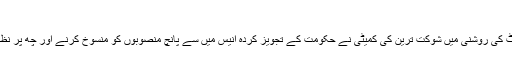
رینٹل پاور منصوبے
ایشیائی ترقیاتی بنک کی رپورٹ کی روشنی میں شوکت ترین کی کمیٹی نے حکومت کے تجویز کردہ انیس میں سے پانچ منصوبوں کو منسوخ کرنے اور چھ پر نظر ثانی کی سفارش کر دی تھی۔